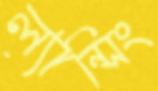
ল্যান্সিং